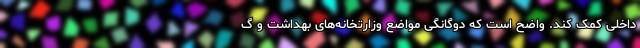
داخلی کمک کند. واضح است که دوگانگی مواضع وزارتخانه‌های بهداشت و گ